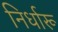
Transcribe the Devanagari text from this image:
निर्धारू